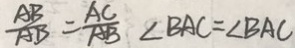
\frac { A B } { A B } = \frac { A C } { A B } \angle B A C = \angle B A C